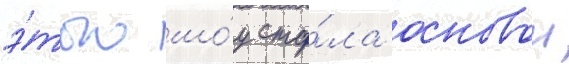
э́того шо́у ста́ла основои